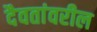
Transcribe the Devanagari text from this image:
दैवतांवरील